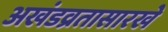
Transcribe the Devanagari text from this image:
अखंडव्रतासारखे